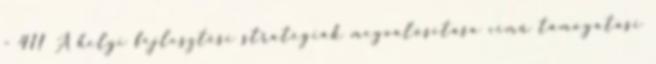
- 411 A helyi fejlesztési stratégiák megvalósítása című támogatási